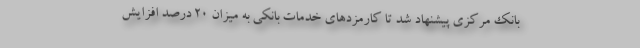
بانک مرکزی پیشنهاد شد تا کارمزدهای خدمات بانکی به میزان ۲۰ درصد افزایش